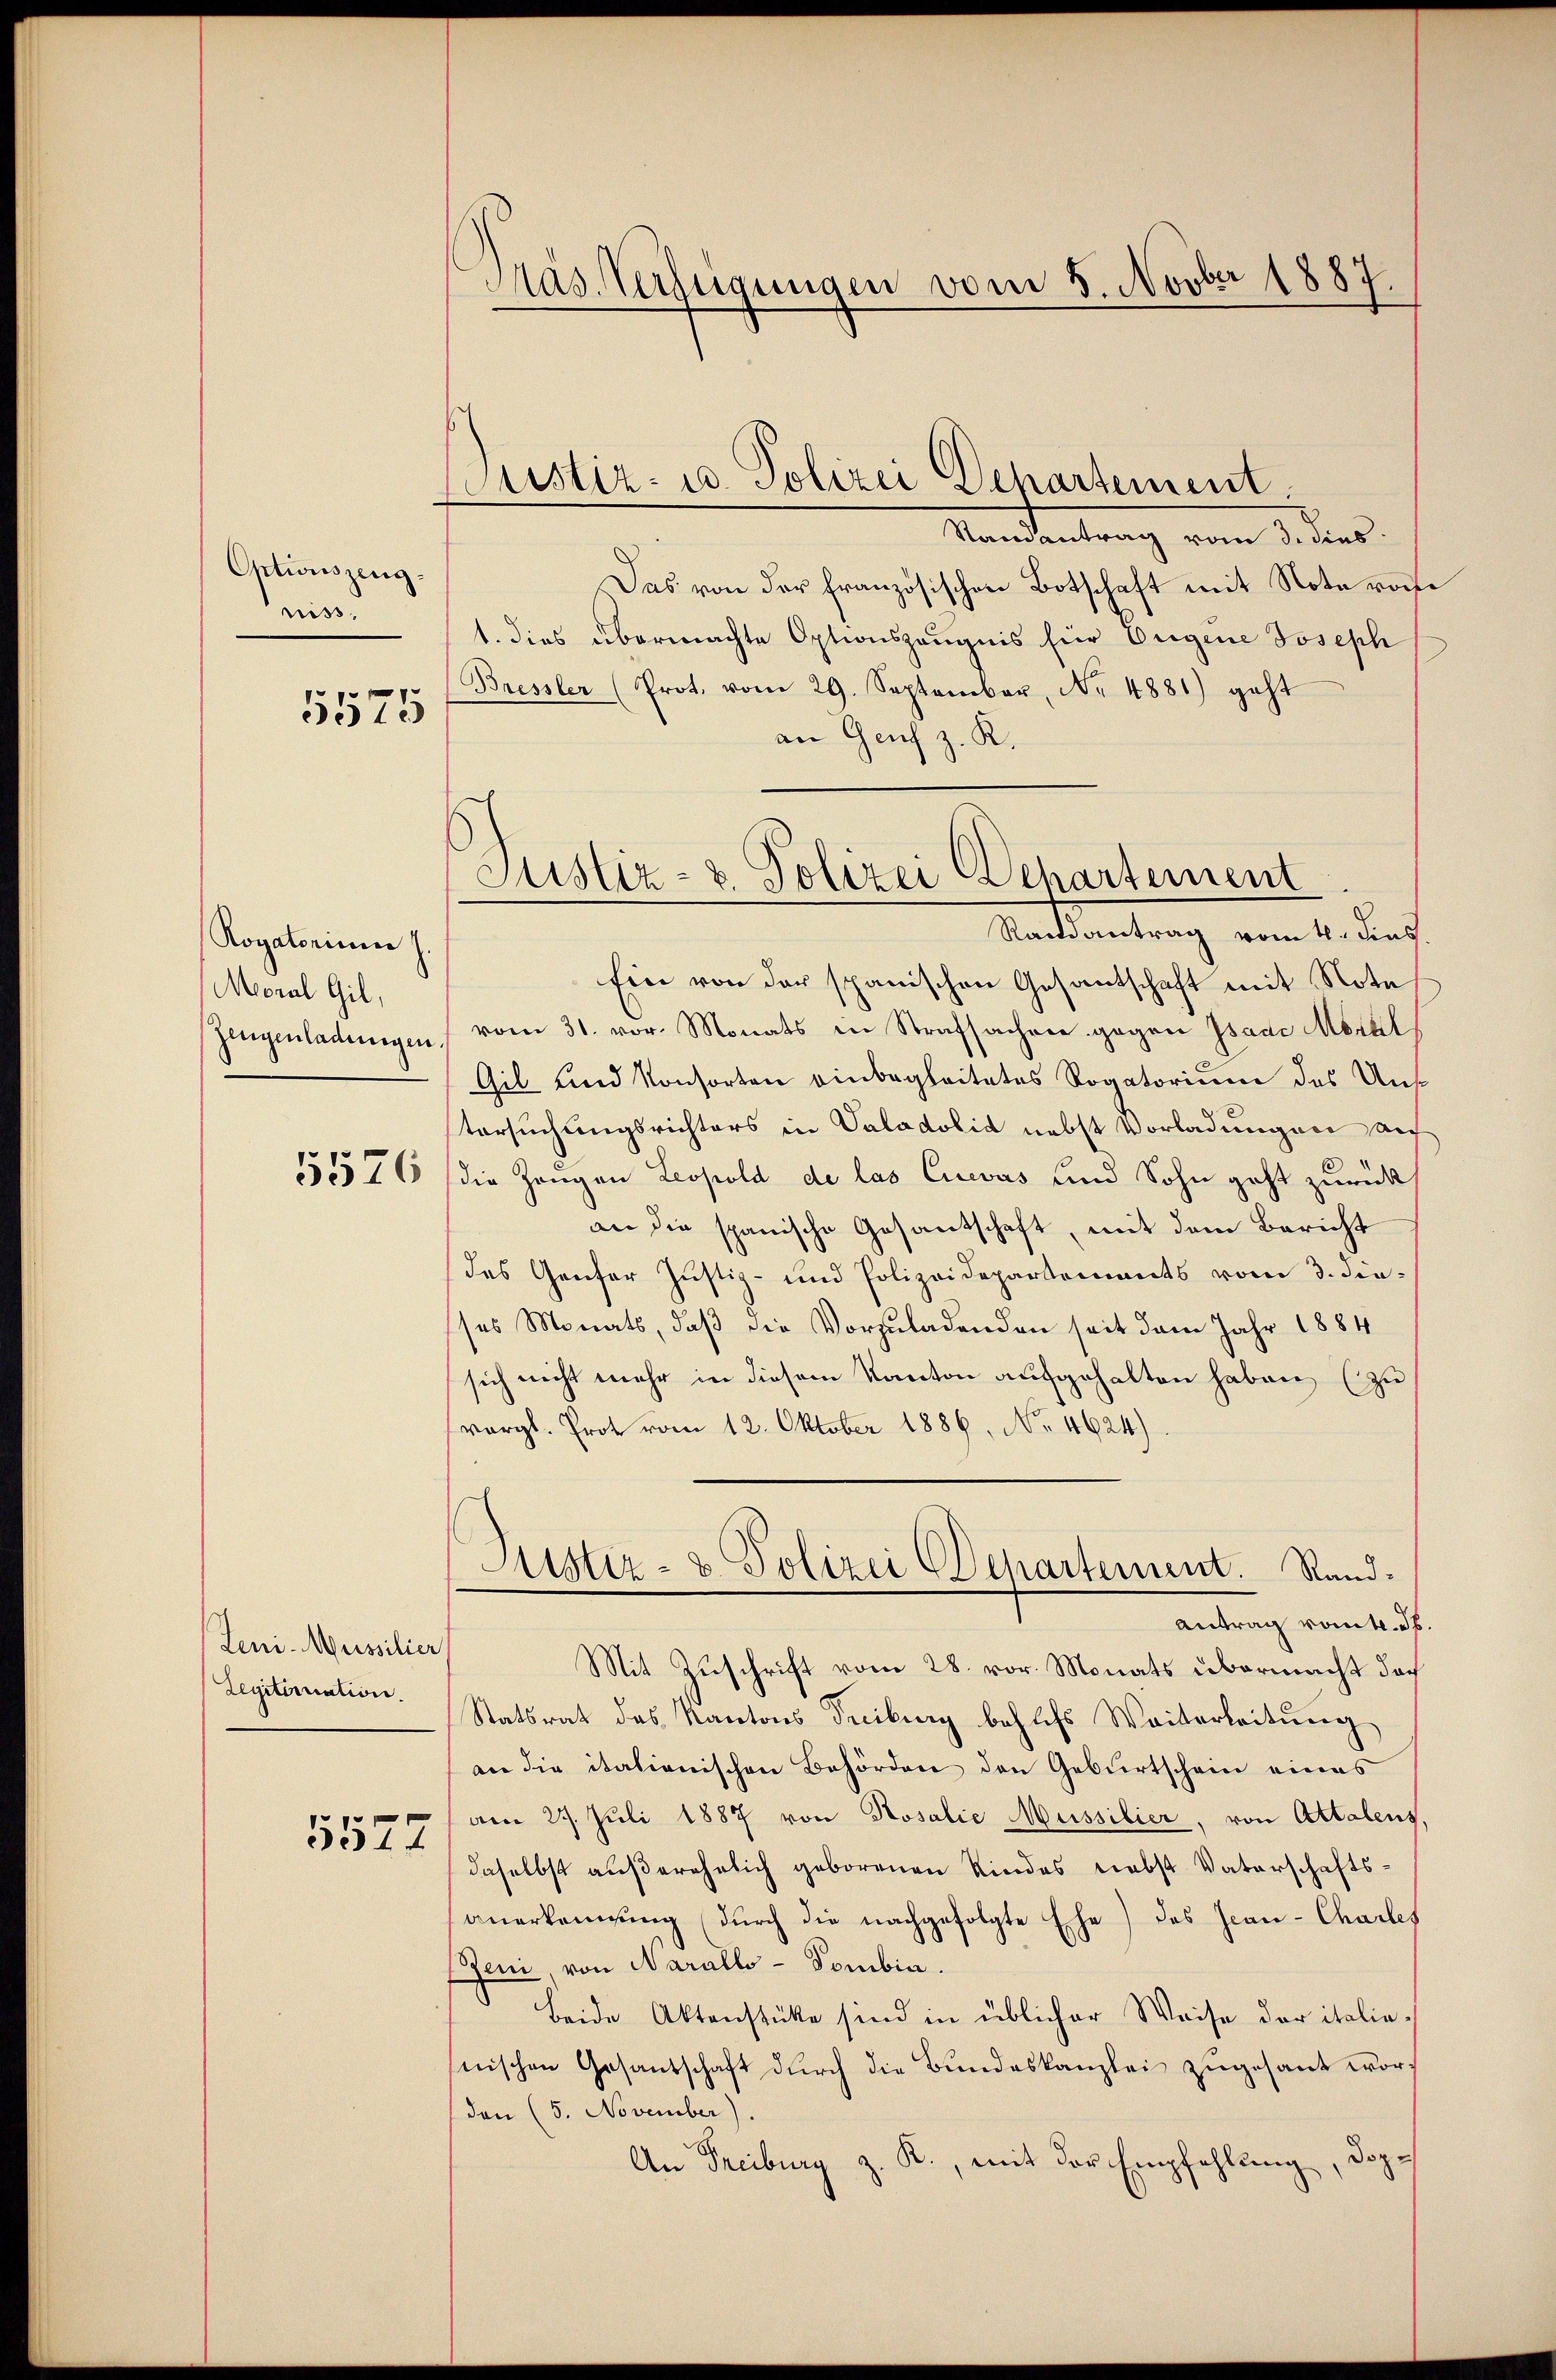
Optionszeug
miss

5575

Rogatorium
Moral Gil,
zeugenladungen.

5576

Leni-Müssilier
Legitimation.

5577

Aas Verfügungen vom 5. Novber 1887.

Justiz- u. Polizei Departement.

Kandentrag vom 3. dies
Das von der französischen Botschaft mit Note roche
1. dies übermachte Optionszeugnis für Origine Joseph
Bressler (Prot. vom 29. September, Nr. 4881) geht
an Genf z. K.
Ein von der spanischen Gesantschaft mit Note
vom 31. vor. Monats in Strafsachen gegen Isade Moral
Gil und Konsorten einbegleitetes Rogatorium des Uns
tersuchungsrichters in Valadolid nebst Vorladungen auf
die Zeugen Leopold de las Euevas und Sohn geht zurück
an die spanische Gesantschaft, mit dem Bericht
das Genfer Justiz- und Polizeidepartements vom 3. Finses Monats, daß die Vorzuladenden seit dem Jahr 1884
sich nicht mehr in diesem Kanton aufgehalten haben (zu
vergl. Prot vom 12. Oktober 1886, No. 4624).
Justiz- & Polizei Departement. Rand.
Antrag vomtl. S.
Mit Zuschrift vom 28. vor. Monats übermacht doch
Statsrat des Kantons Treiburg behufs Weiterbeitŭng
an die italienischen Behörden den Geburtschein eines
am 29. Juli 1887 von Rosalie Mussilier, von Attalens,
daselbst außerehelich geborenen Kindes nebst Vaterschaftsanerkennung durch die nachgefolgte Ehe) das Jean Charles
eni von Narallo-Sombia.
Beide Aktenstücke sind in üblicher Weise der italienischen Gesantschaft durch die Bundeskanzlei zugesant worden (5. November)
An Freiburg z. R., mit der Empfehlung, dope

Justiz- & Polizei Departement
Randantrag vom 4. Fins.